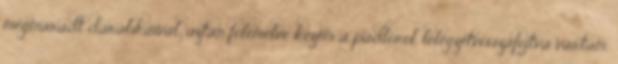
megmaradt darabkáival; aztán fölemelve kezem a padlóról, lélegzetvisszafojtva vártam.